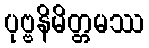
ပုဗ္ဗနိမိတ္တမဿ